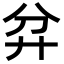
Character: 弅